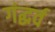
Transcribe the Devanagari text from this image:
गंद्धर्व